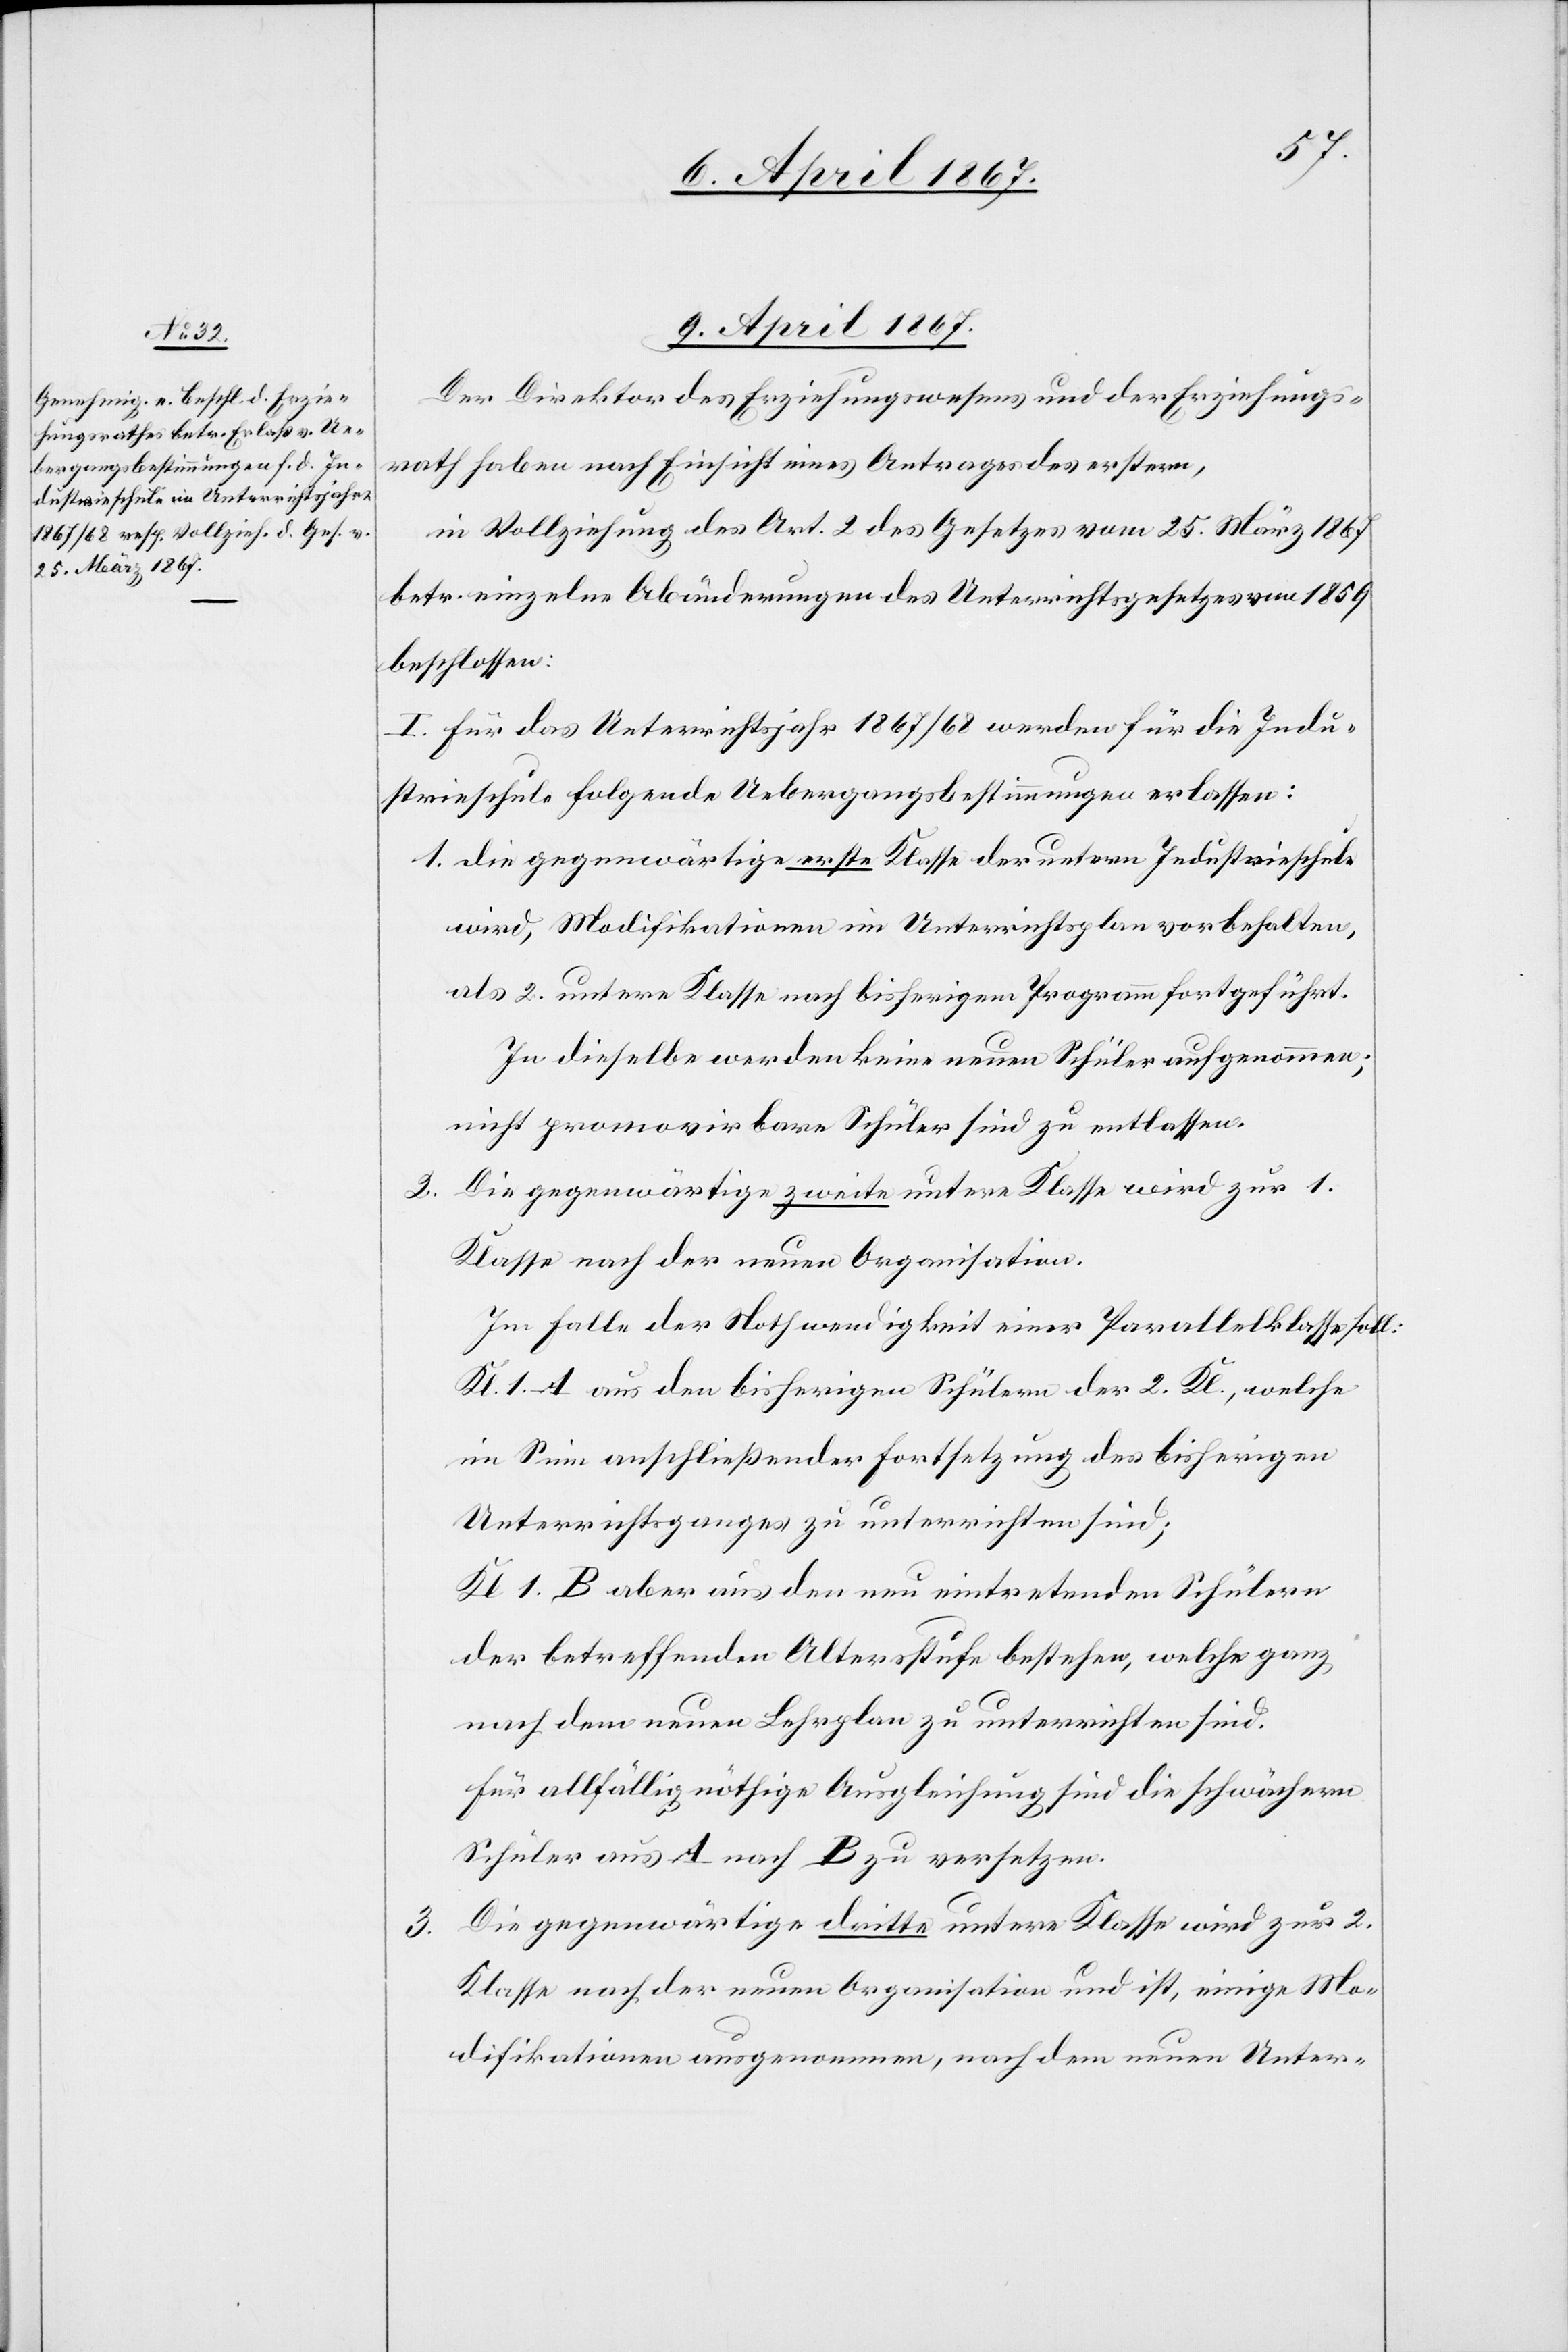
9. April 1867.
Der Direktor des Erziehungswesens und der Erziehungs¬
rath haben nach Einsicht eines Antrages des erstern,
in Vollziehung des Art. 2 des Gesetzes vom 25. März 1867
betr. einzelne Abänderungen des Unterrichtsgesetzes von 1859
beschlossen:
I. Für das Unterrichtsjahr 1867/68 werden für die Indu¬
strieschule folgende Uebergangsbestimmungen erlassen:
1.	die gegenwärtige erste Klasse der untern Industrieschule
wird, Modifikationen im Unterrichtsplan vorbehalten,
als 2. untere Klasse nach bisherigem Programm fortgeführt.
In dieselbe werden keine neuen Schüler aufgenommen;
nicht promovirbare Schüler sind zu entlassen.
2.	Die gegenwärtige zweite untere Klasse wird zur 1.
Klasse nach der neuen Organisation.
Im Falle der Nothwendigkeit einer Parallelklasse soll:
Kl. 1. A aus den bisherigen Schülern der 2. Kl., welche
im Sinn anschließender Fortsetzung des bisherigen
Unterrichtsganges zu unterrichten sind;
Kl 1. B aber aus den neu eintretenden Schülern
der betreffenden Altersstufe bestehen, welche ganz
nach dem neuen Lehrplan zu unterrichten sind.
Für allfällig nöthige Ausgleichung sind die schwächern
Schüler aus A nach B zu versetzen.
3.	Die gegenwärtige dritte untere Klasse wird zur 2.
Klasse nach der neuen Organisation und ist, einige Mo¬
difikationen ausgenommen, nach dem neuen Unter-